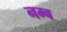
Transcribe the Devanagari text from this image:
नम्ब